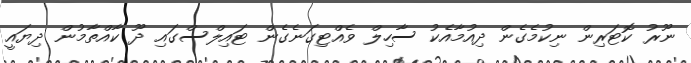
ނޫރު ކޮޓަރިން ނިކުމެގެން ދިއުމާއެކު ސާހިލް ވެއްޓިގަނެގެން ޓައިލްސްގައި ދޫ ކާއްތާމުން ދިޔައީ